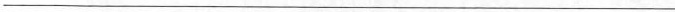
___